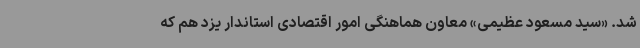
شد. «سید مسعود عظیمی» معاون هماهنگی امور اقتصادی استاندار یزد هم که